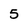
Character: 5